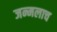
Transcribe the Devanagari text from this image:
जन्मलाच